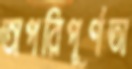
অপরিপূর্ণতা